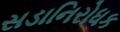
સડાનિરોધક